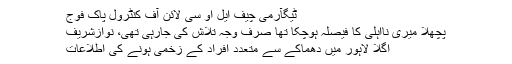
ٹیگآرمی چیف ایل او سی لائن آف کنٹرول پاک فوج
پچھلا میری نااہلی کا فیصلہ ہوچکا تھا صرف وجہ تلاش کی جارہی تھی، نوازشریف
اگلا لاہور میں دھماکے سے متعدد افراد کے زخمی ہونے کی اطلاعات